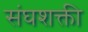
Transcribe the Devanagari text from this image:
संघशक्ती